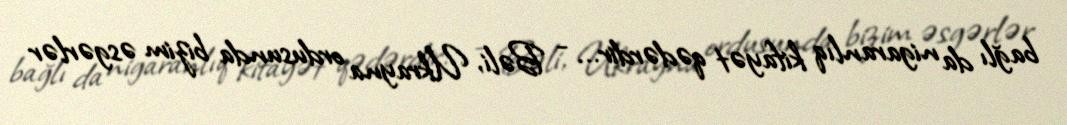
bağlı da nigaranlıq kifayət qədərdir... - Bəli, Ukrayna ordusunda bizim əsgərlər